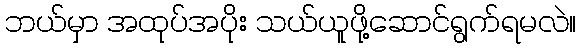
ဘယ်မှာ အထုပ်အပိုး သယ်ယူဖို့ဆောင်ရွက်ရမလဲ။